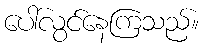
ပေါ်လွင်နေကြသည်။